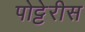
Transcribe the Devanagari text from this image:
पोट्टेरीस